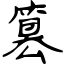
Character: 篡